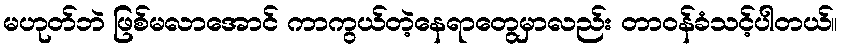
မဟုတ်ဘဲ ဖြစ်မလာအောင် ကာကွယ်တဲ့နေရာတွေမှာလည်း တာဝန်ခံသင့်ပါတယ်။